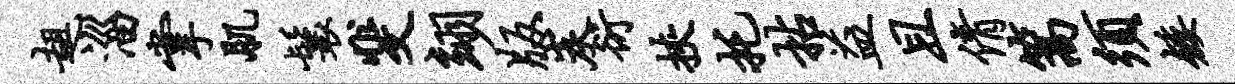
趄淄掌肌鬟斐翊版炭衍挟托拈益且倩篙须矮